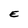
Character: E